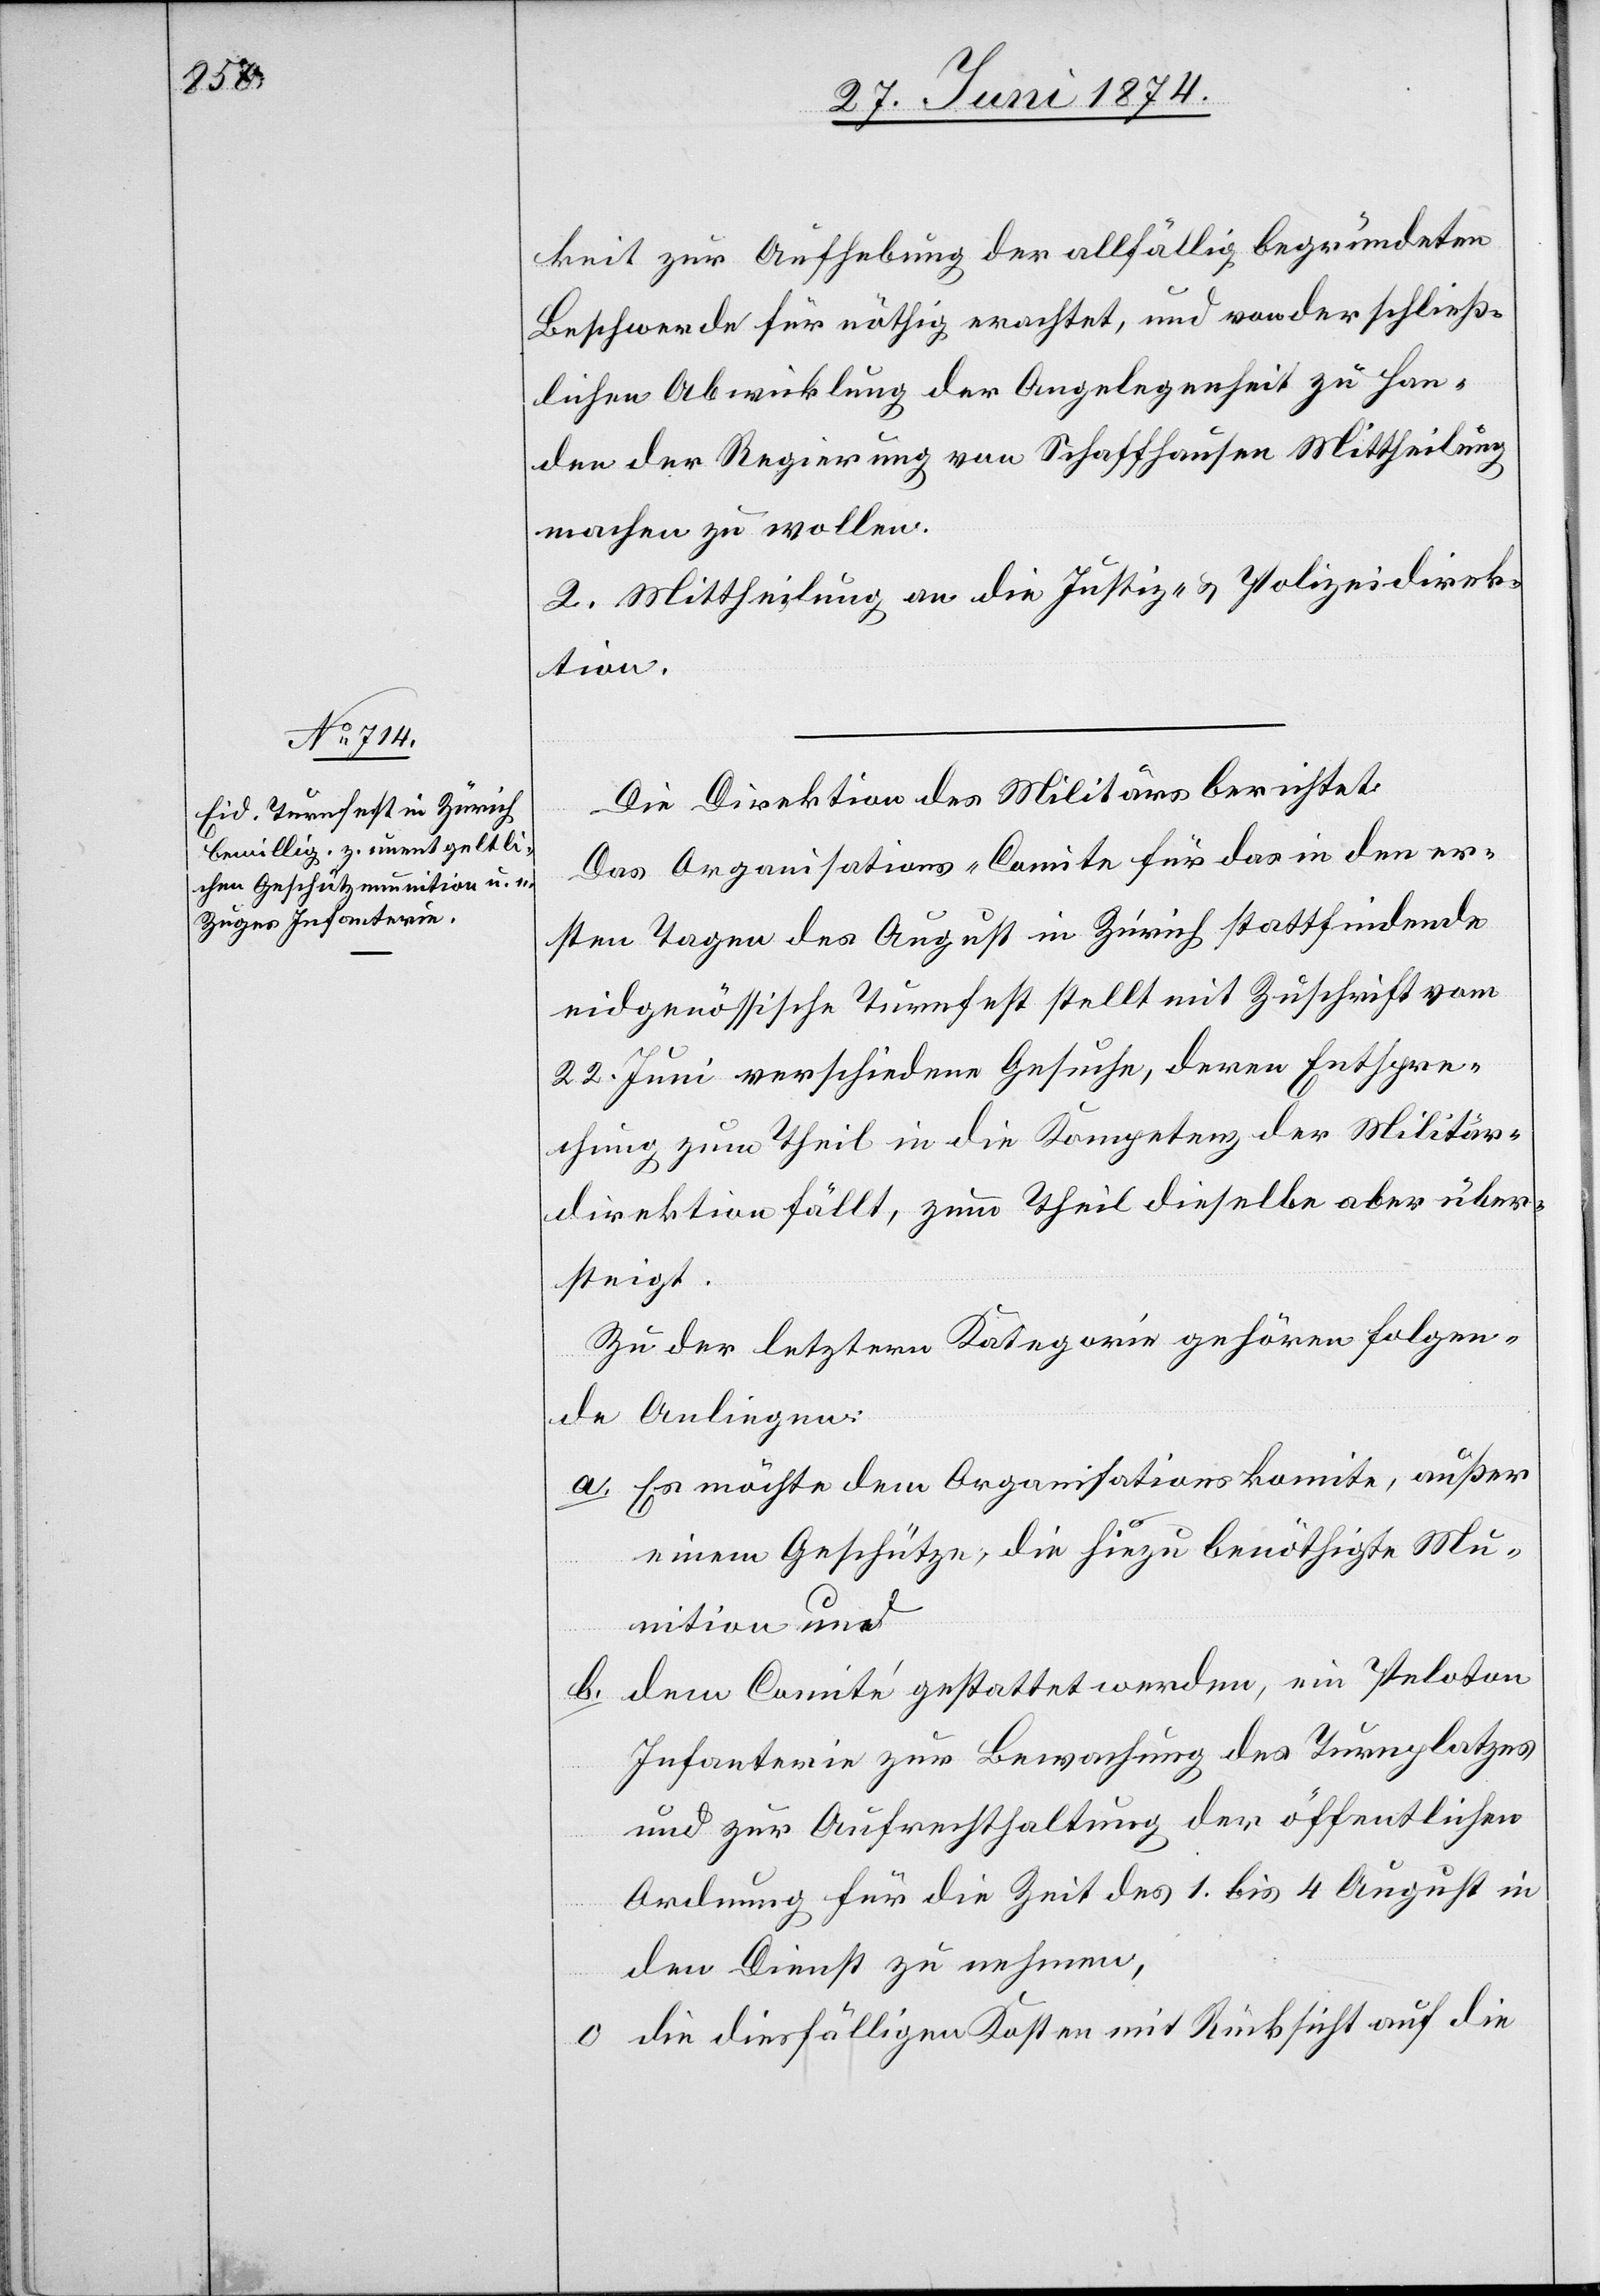
keit zur Aufhebung der allfällig begründeten
Beschwerde für nöthig erachtet, und von der schließ¬
lichen Abwicklung der Angelegenheit zu Han¬
den der Regierung von Schaffhausen Mittheilung
machen zu wollen.
2. Mittheilung an die Justiz- u. Polizeidirek¬
tion.
Die Direktion des Militärs berichtet:
Das Organisations-Comite für das in den er¬
sten Tagen des August in Zürich stattfindende
eidgenössische Turnfest stellt mit Zuschrift vom
22. Juni verschiedene Gesuche, deren Entspre¬
chung zum Theil in die Kompetenz der Militär¬
direktion fällt, zum Theil dieselbe aber über¬
steigt.
Zu der letztern Kategorie gehören folgen¬
de Anliegen:
a. Es möchte dem Organisationskomite, außer
einem Geschütze, die hiezu benöthigte Mu¬
nition und
b. dem Comité gestattet werden, ein Peloton
Infanterie zur Bewachung des Turnplatzes
und zur Aufrechthaltung der öffentlichen
Ordnung für die Zeit des 1. bis 4. August in
den Dienst zu nehmen,
c. die diesfälligen Kosten mit Rücksicht auf die